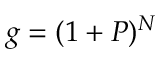
g = ( 1 + P ) ^ { N }